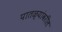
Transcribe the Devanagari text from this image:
पातळ्यांवरील